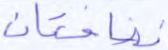
نضاختان